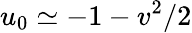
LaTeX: u_{0}\simeq-1-v^{2}/2